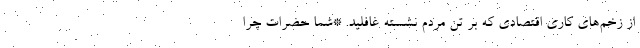
از زخم‌های کاری اقتصادی که بر تن مردم نشسته غافلید. *شما حضرات چرا